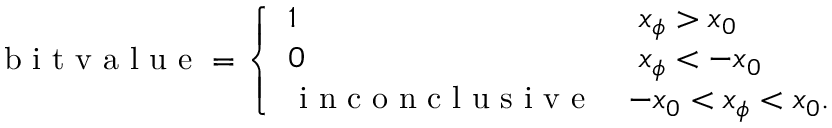
\begin{array} { r } { \mathrm { ~ b ~ i ~ t ~ v ~ a ~ l ~ u ~ e ~ } = \left\{ \begin{array} { l l } { 1 } & { \ x _ { \phi } > x _ { 0 } } \\ { 0 } & { \ x _ { \phi } < - x _ { 0 } } \\ { \mathrm { ~ i ~ n ~ c ~ o ~ n ~ c ~ l ~ u ~ s ~ i ~ v ~ e ~ } } & { - x _ { 0 } < x _ { \phi } < x _ { 0 } . } \end{array} \right. } \end{array}